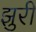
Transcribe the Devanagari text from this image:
झुरी